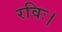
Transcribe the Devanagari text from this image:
रविः।